Civil Veterinary Department. Central Provinces & Berar 1932-41 - 1932-1941
Year: 1932
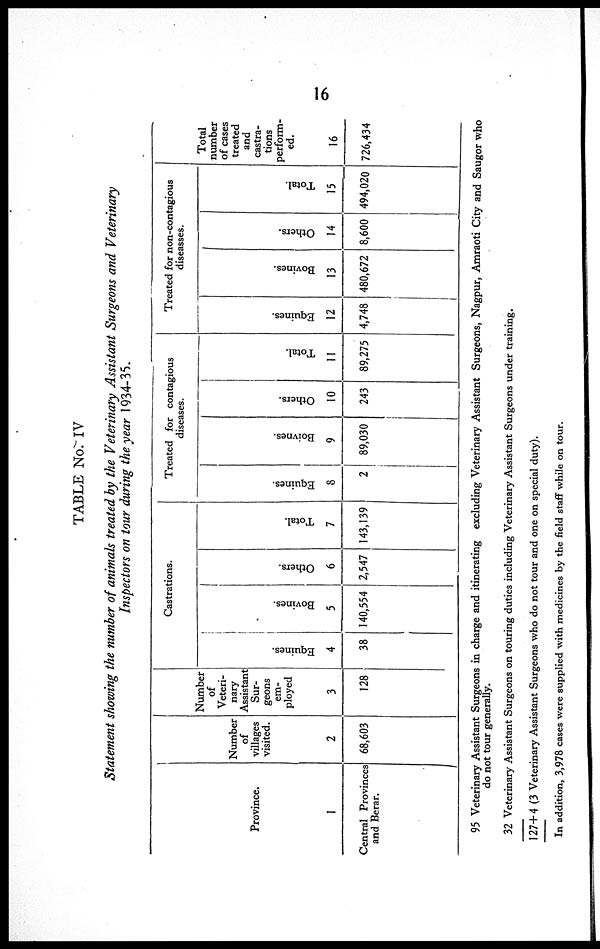
16
TABLE No. IV
Statement showing the number of animals treated by the Veterinary Assistant Surgeons and Veterinary
Inspectors on tour during the year 1934-35.
Province.
1
Central Provinces
and Berar.
Number
of
villages
visited.
2
68,603
Number
of
Veteri-
nary
Assistant
Sur-
geons
em-
ployed
3
128
Castrations.
Equi nes .
4
38
Bovines.
5
140,554
Ot her s .
6
2,547
Total.
7
143,139
Treated for contagious
diseases.
Equines.
8
2
Boivnes.
9
89,030
Ot her s .
10
243
Tot al .
II
89,275
Treated for non-contagious
diseasses.
Equines.
12
4,748
Bovi nes .
13
480,672
Ot her s .
14
8,600
Tot al .
15
494,020
Total
number
of cases
treated
and
castra-
tions
perform-
ed.
16
726,434
95
32
Veterinary Assistant Surgeons in charge and itinerating excluding Veterinary Assistant Surgeons, Nagpur, Amraoti City and Saugor who
do not tour generally.
Veterinary Assistant Surgeons on touring duties including Veterinary Assistant Surgeons under training.
127+4 (3 Veterinary Assistant Surgeons who do not tour and one on special duty).
In addition, 3,978 cases were supplied with medicines by the field staff while on tour.